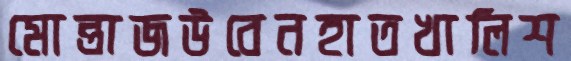
মোন্তাজউবেনহাতখালিশ